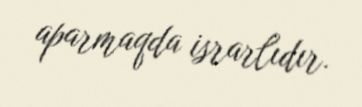
aparmaqda israrlıdır.